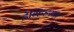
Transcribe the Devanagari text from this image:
डेव्हिडसन